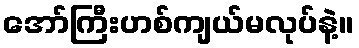
အော်ကြီးဟစ်ကျယ်မလုပ်နဲ့။